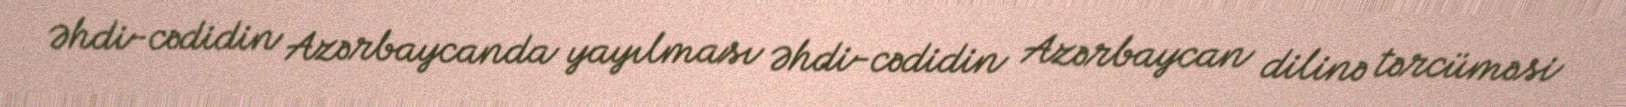
Əhdi-cədidin Azərbaycanda yayılması Əhdi-cədidin Azərbaycan dilinə tərcüməsi